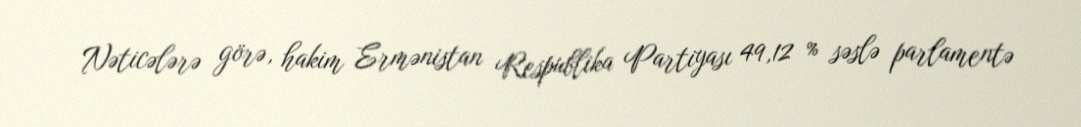
Nəticələrə görə, hakim Ermənistan Respublika Partiyası 49,12 % səslə parlamentə